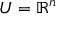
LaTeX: U = \mathbb { R } ^ { n }